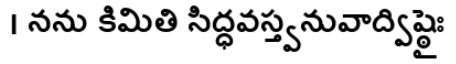
। నను కిమితి సిద్ధవస్త్వనువాద్విష్ఠైః